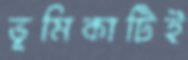
ভূমিকাটিই